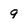
Character: 9